Vabadussoja_Ajaloo_Komitee, lk 124
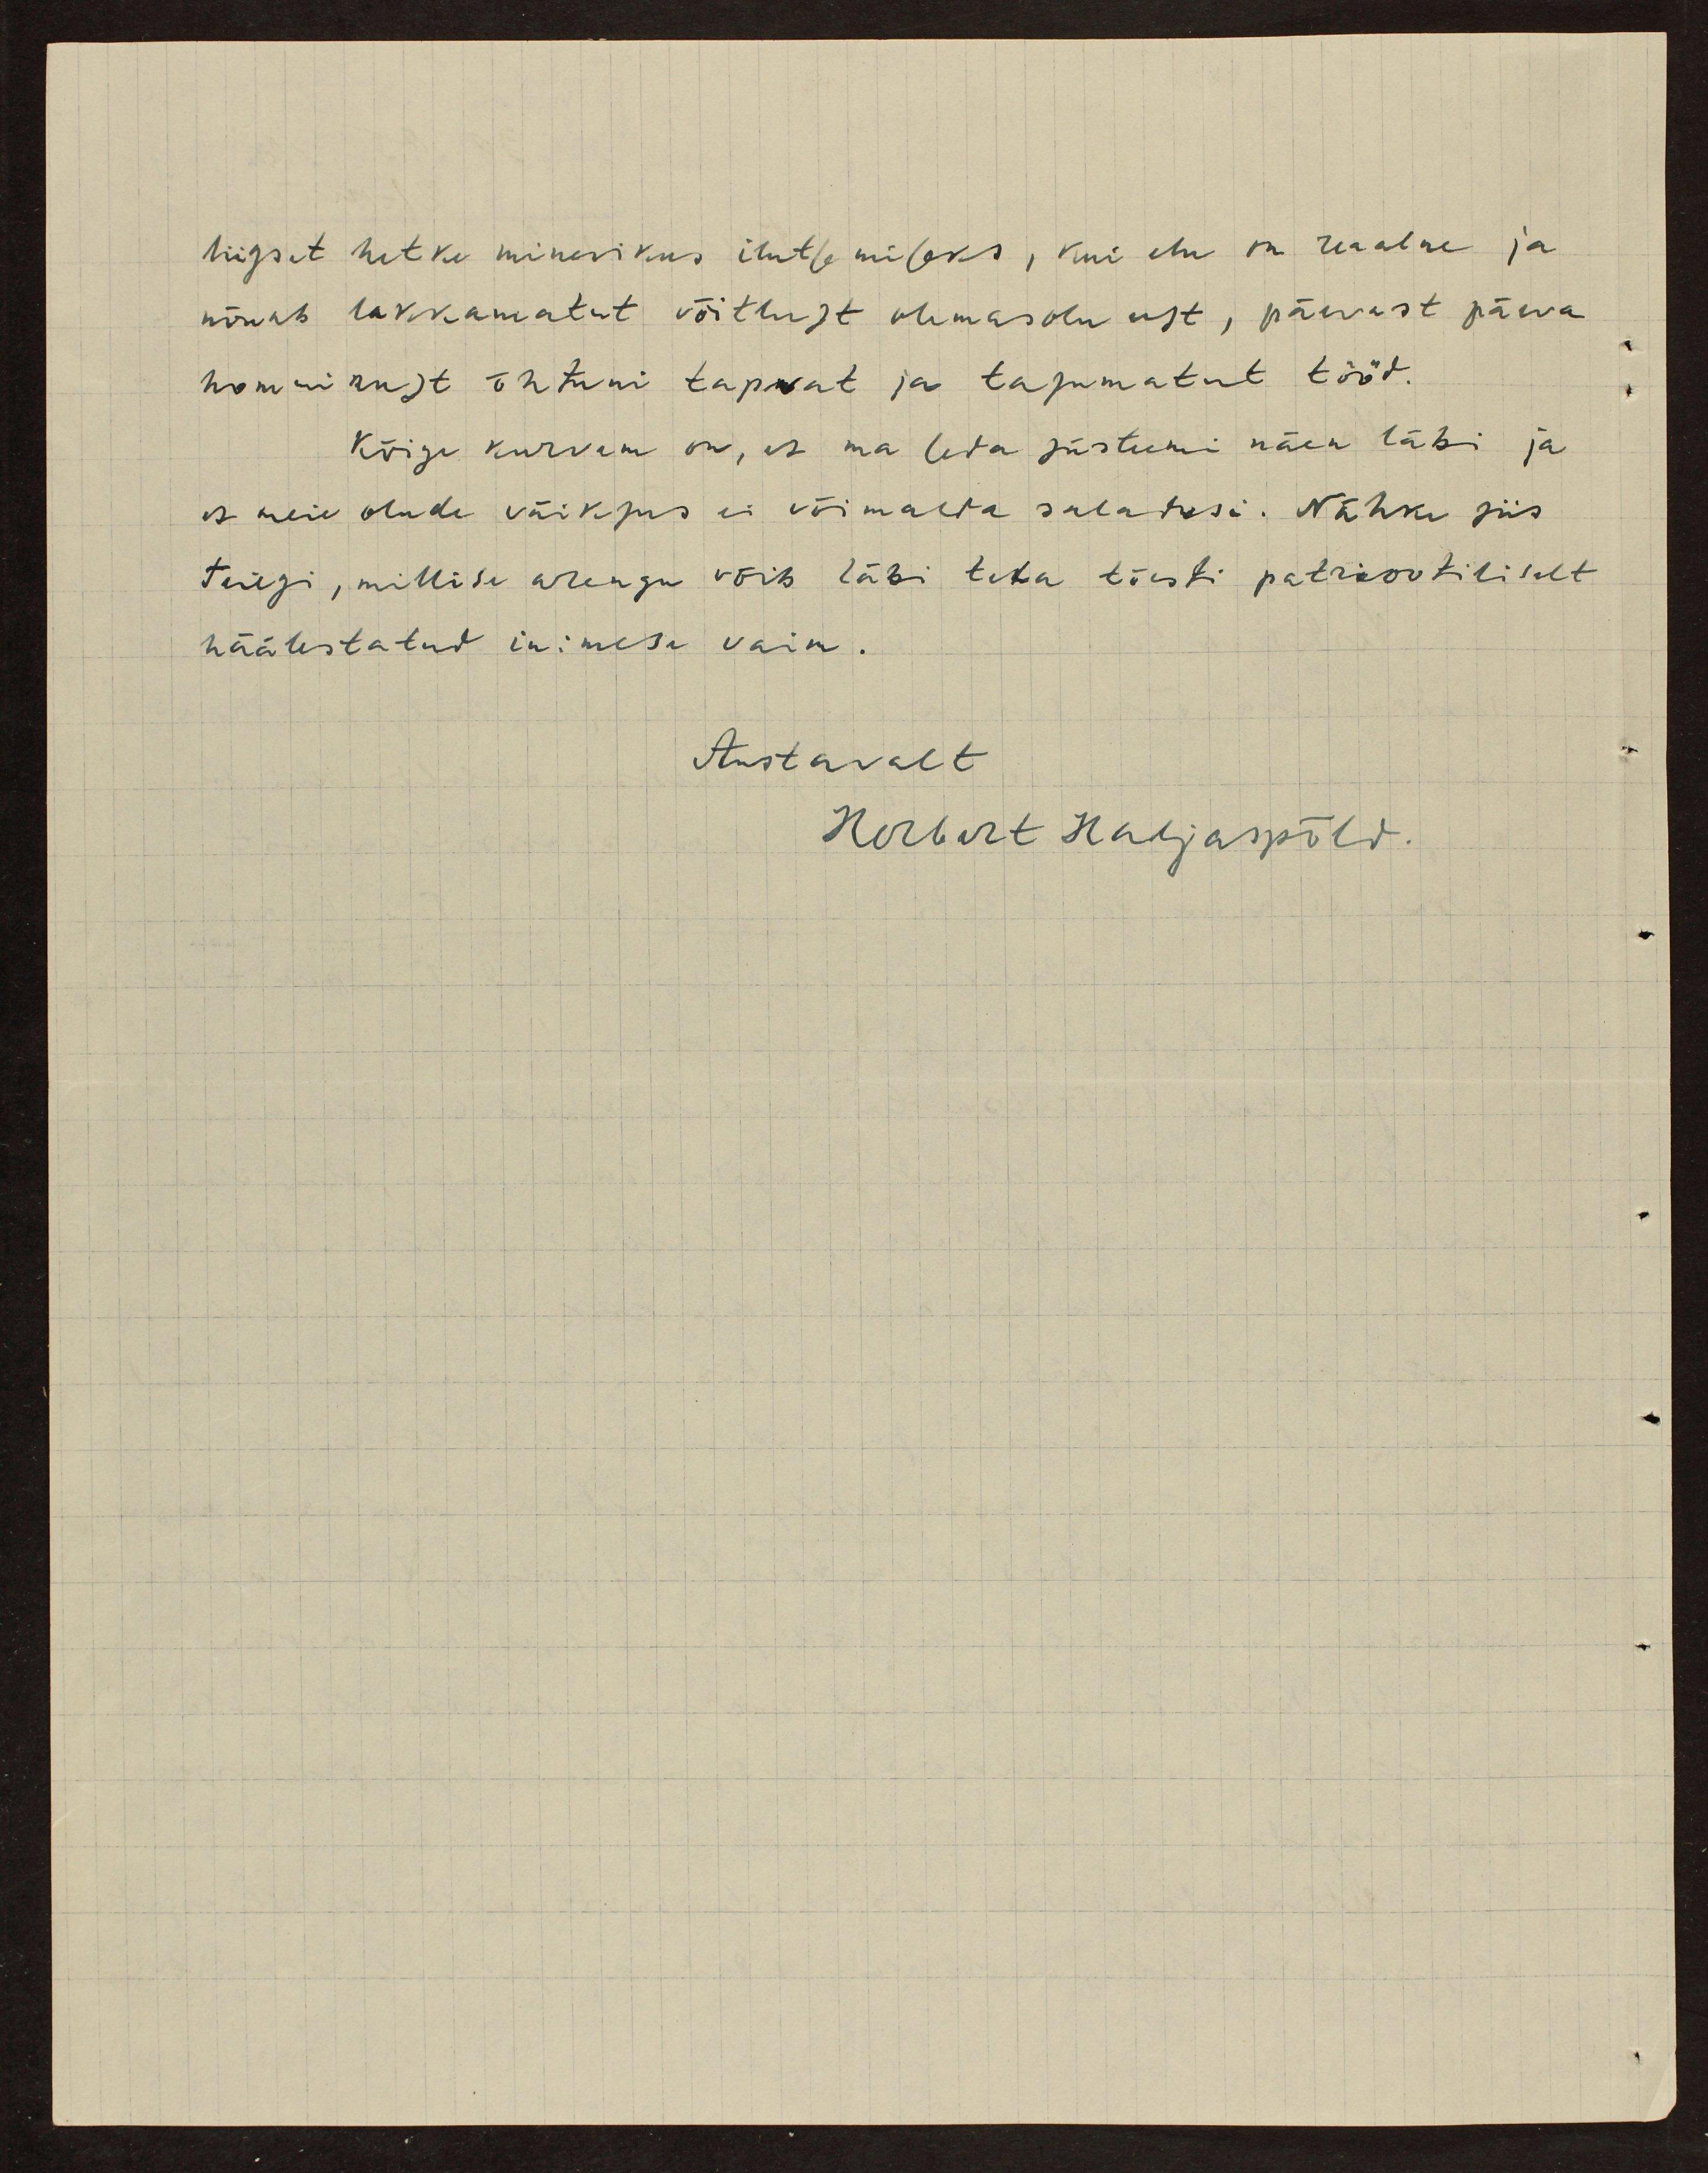
liigset hetke minevikus imetlemiseks, kui elu ka reaalne ja
nõuab lakkamatut võitlust olemasolu eest, päevast päeva
hommikust õhtuni tapvat ja tasumatut tööd.
Kõige kurvem on, et ma seda süsteemi näen läbi ja
et meie olude väiksus ei võimalda saladusi. Nähke siis
teiegi, millise arengu võib läbi teha tõesti patriootiliselt
häälestatud inimese vaim.
Austavalt
Herbert Haljaspõld.